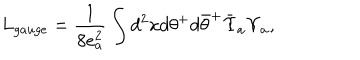
L _ { g a u g e } = \frac { 1 } { 8 e _ { a } ^ { 2 } } \int d ^ { 2 } x d \theta ^ { + } d { \bar { \theta } } ^ { + } { \bar { \Upsilon } } _ { a } \Upsilon _ { a } ,